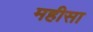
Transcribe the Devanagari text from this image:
महीसा